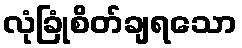
လုံခြုံစိတ်ချရသော